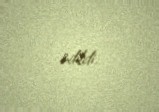
edildi.